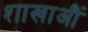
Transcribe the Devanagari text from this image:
शाखाऔं